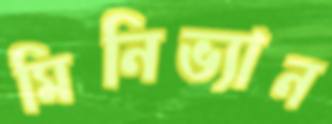
মিনিভ্যান